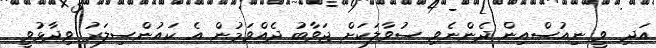
އަދި ވީ ނިއުސްއިން ދެންނެވި ސުވާލަކަށް ޖަވާބު ދެއްވަމުން އެ ކައުންސިލަރު ވިދާޅުވީ